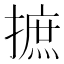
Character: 摭